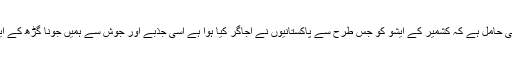
یہ بات اس وقت اہمیت کی حامل ہے کہ کشمیر کے ایشو کو جس طرح سے پاکستانیوں نے اجاگر کیا ہوا ہے اسی جذبے اور جوش سے ہمیں جونا گڑھ کے ایشو کو بھی اٹھانا چاہیے۔